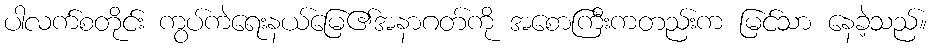
ပါလက်စတိုင်း ကွပ်ကဲရေးနယ်မြေ၏အနာဂတ်ကို အစောကြီးကတည်းက မြင်သာ နေခဲ့သည်။